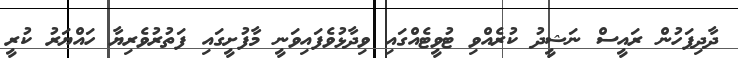
ދާދިފަހުން ރައީސް ނަޝީދު ކުރެއްވި ޓުވީޓެއްގައި ވިދާޅުވެފައިވަނީ މާފުށީގައި ފަތުރުވެރިޔާ ހައްޔަރު ކުރީ